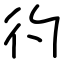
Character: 彴